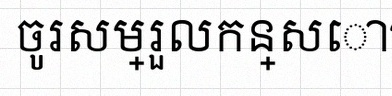
ចូរសម្រួលកន្សោម